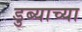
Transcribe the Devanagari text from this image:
डुब्याच्या